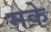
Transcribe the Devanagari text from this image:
मके